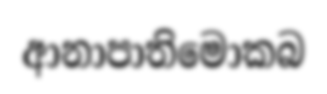
ආනාපාතිමොකබ